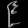
Digit: ၉